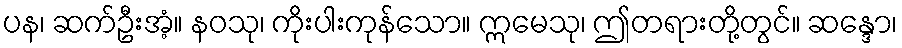
ပန၊ ဆက်ဦးအံ့။ နဝသု၊ ကိုးပါးကုန်သော။ ဣမေသု၊ ဤတရားတို့တွင်။ ဆန္ဒော၊